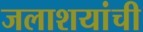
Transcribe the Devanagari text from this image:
जलाशयांची